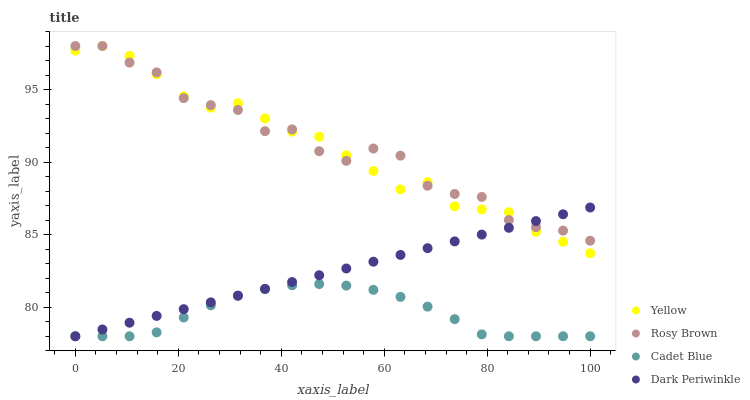
| xaxis_label | Yellow | Rosy Brown | Cadet Blue | Dark Periwinkle |
 | --- | --- | --- | --- | --- |
 | 0 | 97.7 | 98 | 78 | 78 |
 | 5.26 | 98 | 98 | 78 | 78.5 |
 | 10.5 | 97.3 | 96.9 | 78 | 78.9 |
 | 15.8 | 96.1 | 96.2 | 78.3 | 79.4 |
 | 21.1 | 94.5 | 94.4 | 79.3 | 79.9 |
 | 26.3 | 93.7 | 93.9 | 80.1 | 80.3 |
 | 31.6 | 94.1 | 93.6 | 80.8 | 80.8 |
 | 36.8 | 93 | 92.1 | 81.2 | 81.3 |
 | 42.1 | 92.1 | 92.3 | 81.5 | 81.7 |
 | 47.4 | 91.8 | 90.8 | 81.6 | 82.2 |
 | 52.6 | 90.5 | 90.1 | 81.5 | 82.7 |
 | 57.9 | 89.4 | 90.9 | 81.2 | 83.1 |
 | 63.2 | 88.1 | 90.4 | 80.7 | 83.6 |
 | 68.4 | 88.6 | 88.4 | 80 | 84.1 |
 | 73.7 | 86.9 | 87.8 | 79.2 | 84.5 |
 | 78.9 | 86.7 | 87.6 | 78.1 | 85 |
 | 84.2 | 86.5 | 86 | 78 | 85.5 |
 | 89.5 | 85.2 | 85.5 | 78 | 85.9 |
 | 94.7 | 84.5 | 85.3 | 78 | 86.4 |
 | 100 | 83.7 | 84.6 | 78 | 86.9 |